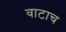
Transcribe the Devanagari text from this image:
वाटाच